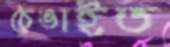
ঠেঙাইত